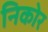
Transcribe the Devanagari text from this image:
निकोर